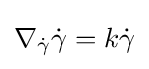
\nabla _{\dot {\gamma }}{\dot {\gamma }}=k{\dot {\gamma }}